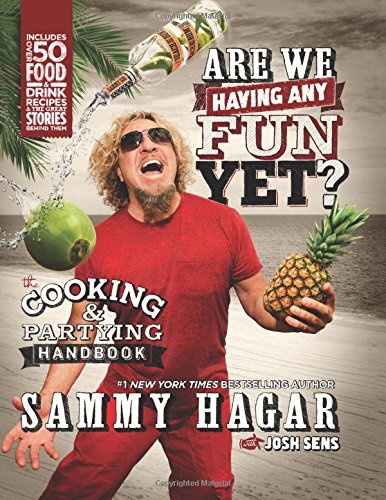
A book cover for Are We Having Any Fun Yet?: The Cooking & Partying Handbook; Sammy Hagar; Cookbooks, Food & Wine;